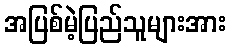
အပြစ်မဲ့ပြည်သူများအား